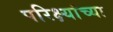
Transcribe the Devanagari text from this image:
परिक्ष्यांच्या